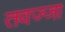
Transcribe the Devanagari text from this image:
तवज्जा